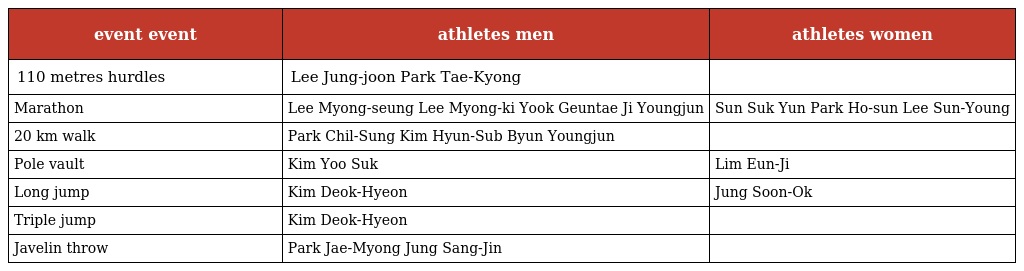
| event event | athletes men | athletes women |
 | --- | --- | --- |
 | 110 metres hurdles | Lee Jung-joon Park Tae-Kyong |  |
 | Marathon | Lee Myong-seung Lee Myong-ki Yook Geuntae Ji Youngjun | Sun Suk Yun Park Ho-sun Lee Sun-Young |
 | 20 km walk | Park Chil-Sung Kim Hyun-Sub Byun Youngjun |  |
 | Pole vault | Kim Yoo Suk | Lim Eun-Ji |
 | Long jump | Kim Deok-Hyeon | Jung Soon-Ok |
 | Triple jump | Kim Deok-Hyeon |  |
 | Javelin throw | Park Jae-Myong Jung Sang-Jin |  |